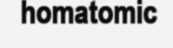
homatomic